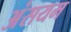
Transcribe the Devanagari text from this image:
अंसयम